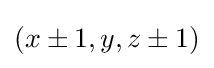
\textstyle (x\pm 1,y,z\pm 1)